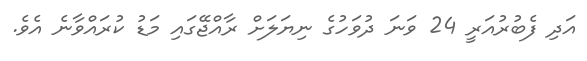
އަދި ފެބުރުއަރީ 24 ވަނަ ދުވަހުގެ ނިޔަލަށް ރާއްޖޭގައި މަޑު ކުރައްވާނެ އެވެ.